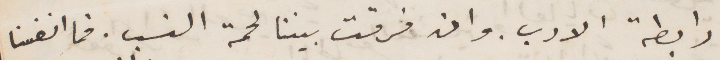
رابطة الادب. وان فرقت بيننا لحمة النسب. فما انفسنا